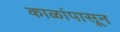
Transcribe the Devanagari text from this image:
काळांपासून